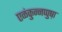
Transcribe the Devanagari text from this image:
एळंकुन्नप्पुष़ा